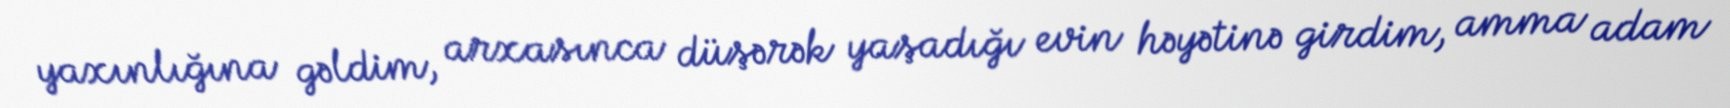
yaxınlığına gəldim, arxasınca düşərək yaşadığı evin həyətinə girdim, amma adam